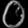
Digit: ၀